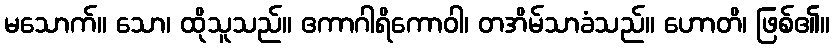
မသောက်။ သော၊ ထိုသူသည်။ ဧကာဂါရိကောဝါ၊ တအိမ်သာခံသည်။ ဟောတိ၊ ဖြစ်၏။